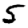
Digit: 5